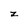
Character: z